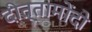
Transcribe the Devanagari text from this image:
दीत्तामोंदो